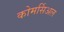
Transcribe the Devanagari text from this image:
कोमर्सिअल